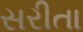
સરીતા